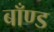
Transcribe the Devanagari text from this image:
बाँण्ड